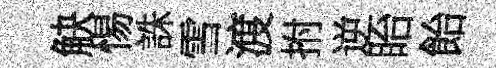
觖惕誅雪渡拊逆眙飴